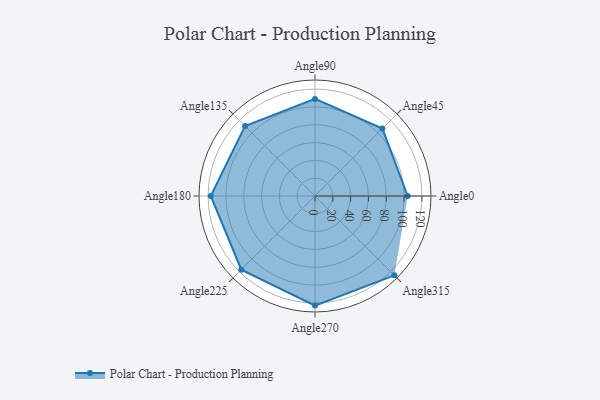
{"axis": {"x": "Angle", "y": "Radius"}, "legend": [""], "data": [{"x": "Angle0", "y": 104.0, "type": ""}, {"x": "Angle45", "y": 107.0, "type": ""}, {"x": "Angle90", "y": 109.0, "type": ""}, {"x": "Angle135", "y": 111.0, "type": ""}, {"x": "Angle180", "y": 117.0, "type": ""}, {"x": "Angle225", "y": 117.0, "type": ""}, {"x": "Angle270", "y": 123.0, "type": ""}, {"x": "Angle315", "y": 126.0, "type": ""}]}